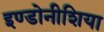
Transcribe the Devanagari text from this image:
इण्डोनीशिया